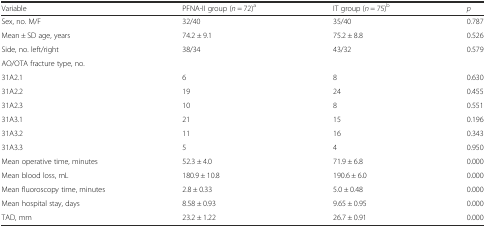
<table><thead><tr><td><b>Variable</b></td><td><b>PFNA-II group (<i>n</i> = 72)<sup>a</sup></b></td><td><b>IT group (<i>n</i> = 75)<sup>b</sup></b></td><td><b><i>p</i></b></td></tr></thead><tbody><tr><td>Sex, no. M/F</td><td>32/40</td><td>35/40</td><td>0.787</td></tr><tr><td>Mean ± SD age, years</td><td>74.2 ± 9.1</td><td>75.2 ± 8.8</td><td>0.526</td></tr><tr><td>Side, no. left/right</td><td>38/34</td><td>43/32</td><td>0.579</td></tr><tr><td colspan="3">AO/OTA fracture type, no.</td><td></td></tr><tr><td>31A2.1</td><td>6</td><td>8</td><td>0.630</td></tr><tr><td>31A2.2</td><td>19</td><td>24</td><td>0.455</td></tr><tr><td>31A2.3</td><td>10</td><td>8</td><td>0.551</td></tr><tr><td>31A3.1</td><td>21</td><td>15</td><td>0.196</td></tr><tr><td>31A3.2</td><td>11</td><td>16</td><td>0.343</td></tr><tr><td>31A3.3</td><td>5</td><td>4</td><td>0.950</td></tr><tr><td>Mean operative time, minutes</td><td>52.3 ± 4.0</td><td>71.9 ± 6.8</td><td>0.000</td></tr><tr><td>Mean blood loss, mL</td><td>180.9 ± 10.8</td><td>190.6 ± 6.0</td><td>0.000</td></tr><tr><td>Mean fluoroscopy time, minutes</td><td>2.8 ± 0.33</td><td>5.0 ± 0.48</td><td>0.000</td></tr><tr><td>Mean hospital stay, days</td><td>8.58 ± 0.93</td><td>9.65 ± 0.95</td><td>0.000</td></tr><tr><td>TAD, mm</td><td>23.2 ± 1.22</td><td>26.7 ± 0.91</td><td>0.000</td></tr></tbody></table>